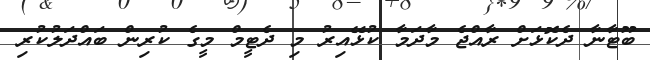
ބޫޓާނާ ދެކޮޅަށް ރާއްޖެ މާދަމާ ކުޅޭއިރު މި ދެޓީމް މީގެ ކުރިން ބައްދަލުކުރި